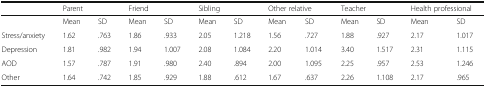
<table><thead><tr><td></td><td colspan="2"><b>Parent</b></td><td colspan="2"><b>Friend</b></td><td colspan="2"><b>Sibling</b></td><td colspan="2"><b>Other relative</b></td><td colspan="2"><b>Teacher</b></td><td colspan="2"><b>Health professional</b></td></tr></thead><tbody><tr><td></td><td>Mean</td><td>SD</td><td>Mean</td><td>SD</td><td>Mean</td><td>SD</td><td>Mean</td><td>SD</td><td>Mean</td><td>SD</td><td>Mean</td><td>SD</td></tr><tr><td>Stress/anxiety</td><td>1.62</td><td>.763</td><td>1.86</td><td>.933</td><td>2.05</td><td>1.218</td><td>1.56</td><td>.727</td><td>1.88</td><td>.927</td><td>2.17</td><td>1.017</td></tr><tr><td>Depression</td><td>1.81</td><td>.982</td><td>1.94</td><td>1.007</td><td>2.08</td><td>1.084</td><td>2.20</td><td>1.014</td><td>3.40</td><td>1.517</td><td>2.31</td><td>1.115</td></tr><tr><td>AOD</td><td>1.57</td><td>.787</td><td>1.91</td><td>.980</td><td>2.40</td><td>.894</td><td>2.00</td><td>1.095</td><td>2.25</td><td>.957</td><td>2.53</td><td>1.246</td></tr><tr><td>Other</td><td>1.64</td><td>.742</td><td>1.85</td><td>.929</td><td>1.88</td><td>.612</td><td>1.67</td><td>.637</td><td>2.26</td><td>1.108</td><td>2.17</td><td>.965</td></tr></tbody></table>